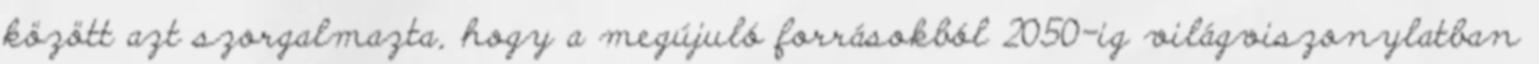
között azt szorgalmazta, hogy a megújuló forrásokból 2050-ig világviszonylatban